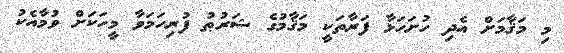
މި މަޤާމަށް އެދި ހުށަހަޅާ ފަރާތަކީ މަޤާމުގެ ޝަރުޠު ފުރިހަމަވާ މީހަކަށް ވުމާއެކު